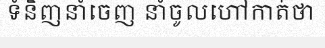
ទំនិញនាំចេញ នាំចូលហៅកាត់ថា